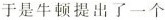
于是牛顿提出了一个